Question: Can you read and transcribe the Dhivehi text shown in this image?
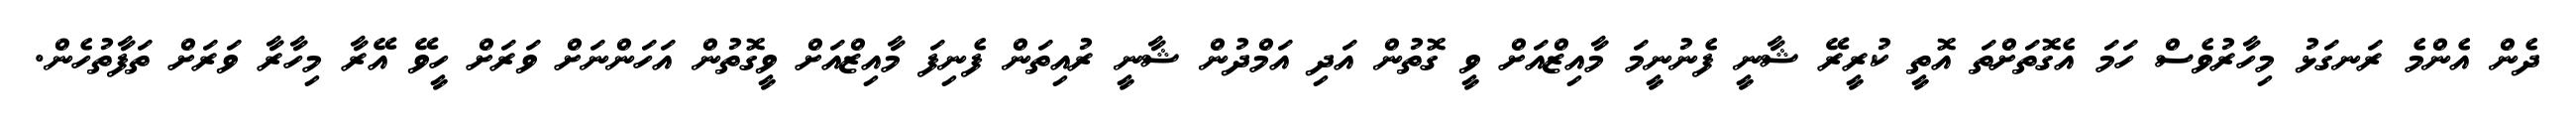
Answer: ދެން އެންމެ ރަނގަޅު މިހާރުވެސް ހަމަ އެގޮތަށްތަ އޮތީ ކުރީރޭ ޝާނީ ފެނުނީމަ މާއިޒްއަށް ވީ ގޮތުން އަދި އަމްދުން ޝާނީ ރުއިތަން ފެނިފަ މާއިޒްއަށް ވީގޮތުން އަހަންނަށް ވަރަށް ހީވޭ އޭރާ މިހާރާ ވަރަށް ތަފާތުހެން.